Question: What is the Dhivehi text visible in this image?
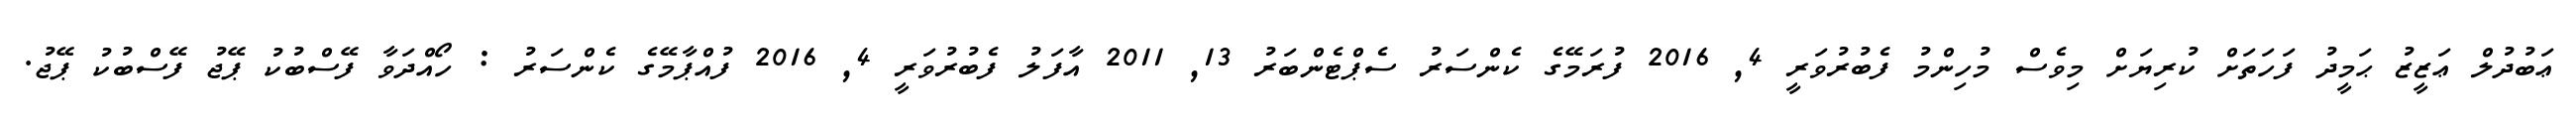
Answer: ޢަބުދުލް ޢަޒީޒު ޙަމީދު ފަހަތަށް ކުރިޔަށް މިވެސް މުހިންމު ފެބުރުވަރީ 4, 2016 ފުރަމޭގެ ކެންސަރު ސެޕްޓެންބަރު 13, 2011 އާފަލު ފެބުރުވަރީ 4, 2016 ފުއްޕާމޭގެ ކެންސަރު : ހޯއްދަވާ ފޭސްބުކު ޕޭޖު ފޭސްބުކު ޕޭޖު.